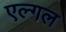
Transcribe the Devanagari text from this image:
एल्गल